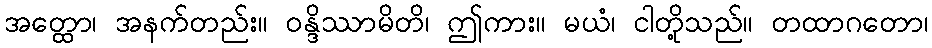
အတ္ထော၊ အနက်တည်း။ ဝန္ဒိဿာမိတိ၊ ဤကား။ မယံ၊ ငါတို့သည်။ တထာဂတော၊